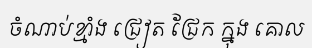
ចំណាប់ខ្មាំង ជ្រៀត ជ្រែក ក្នុង គោល